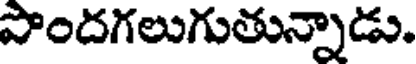
పొందగలుగుతున్నాడు.